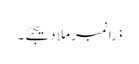
ذرا نمبر ملا دیجئے۔